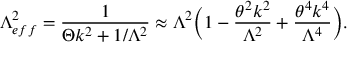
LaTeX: \Lambda _ { e f f } ^ { 2 } = \frac { 1 } { \Theta k ^ { 2 } + 1 / \Lambda ^ { 2 } } \approx \Lambda ^ { 2 } \biggl ( 1 - \frac { \theta ^ { 2 } k ^ { 2 } } { \Lambda ^ { 2 } } + \frac { \theta ^ { 4 } k ^ { 4 } } { \Lambda ^ { 4 } } \biggr ) .